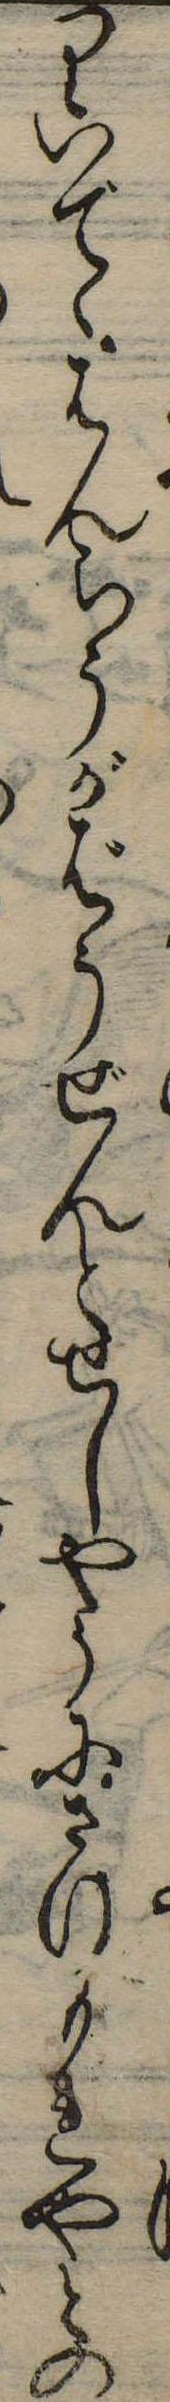
りいてゝはんらうがばうぜんとせしやうにさけもれやとの